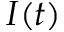
I ( t )